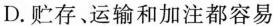
D.贮存、运输和加注都容易